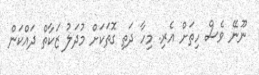
ނޫނޭ ވެސް ހިތަށް އެރި. މިހާ ދަތި ގޮތަކަށް މުދަލު ޒަކާތް ދައްކަން